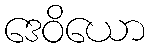
ဒေဝိယော